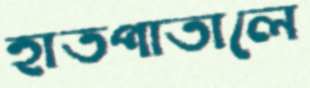
হাতপাতালে